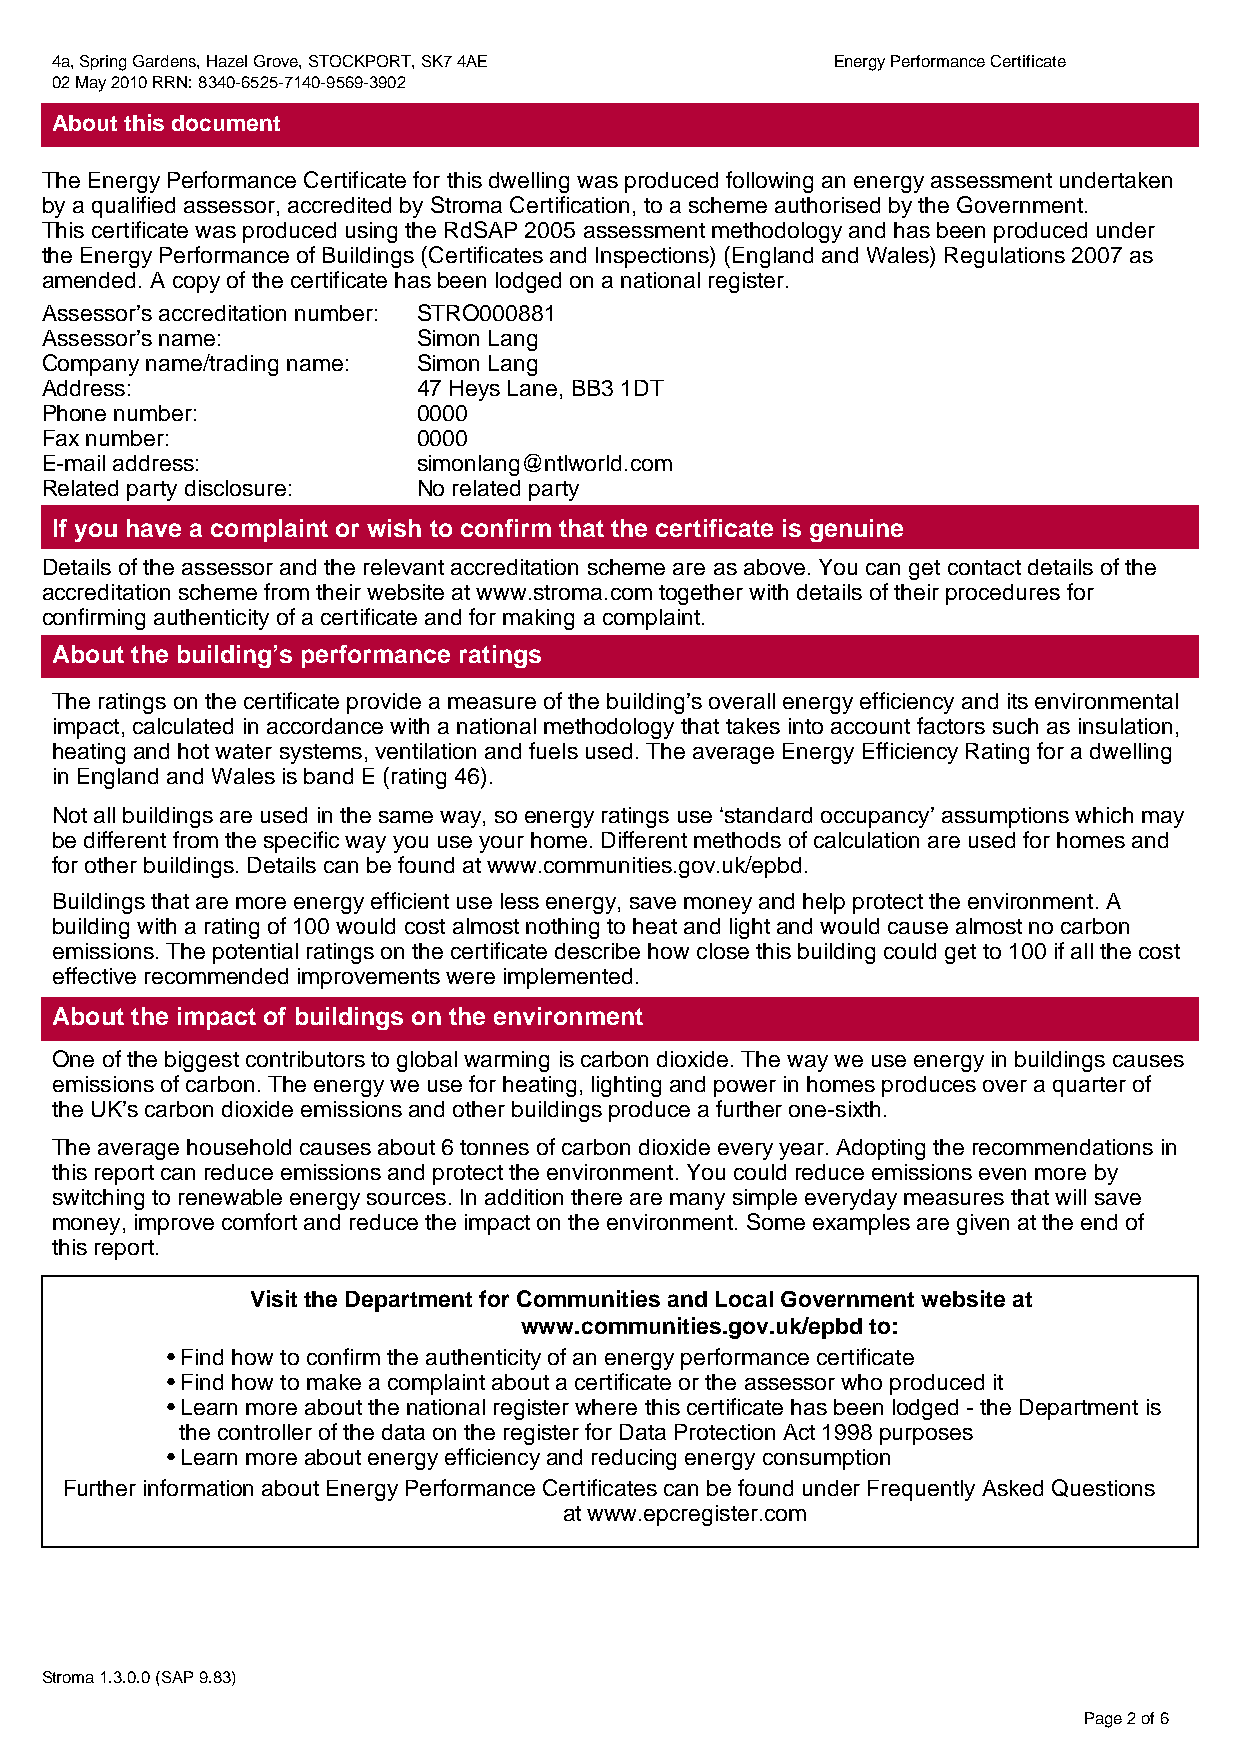
4a, Spring Gardens, Hazel Grove, STOCKPORT, SK7 4AE Energy Performance Certificate
 02 May 2010 RRN: 8340-6525-7140-9569-3902
 About this document
 The Energy Performance Certificate for this dwelling was produced following an energy assessment undertaken
 by a qualified assessor, accredited by Stroma Certification, to a scheme authorised by the Government.
 This certificate was produced using the RdSAP 2005 assessment methodology and has been produced under
 the Energy Performance of Buildings (Certificates and Inspections) (England and Wales) Regulations 2007 as
 amended. A copy of the certificate has been lodged on a national register.
 Assessor’s accreditation number: STRO000881
 Assessor’s name:         Simon Lang
 Company name/trading name: Simon Lang
 Address:                 47 Heys Lane, BB3 1DT
 Phone number:            0000
 Fax number:              0000
 E-mail address:          simonlang@ntlworld.com
 Related party disclosure: No related party
 If you have a complaint or wish to confirm that the certificate is genuine
 Details of the assessor and the relevant accreditation scheme are as above. You can get contact details of the
 accreditation scheme from their website at www.stroma.com together with details of their procedures for
 confirming authenticity of a certificate and for making a complaint.
 About the building’s performance ratings
 The ratings on the certificate provide a measure of the building’s overall energy efficiency and its environmental
 impact, calculated in accordance with a national methodology that takes into account factors such as insulation,
 heating and hot water systems, ventilation and fuels used. The average Energy Efficiency Rating for a dwelling
 in England and Wales is band E (rating 46).
 Not all buildings are used in the same way, so energy ratings use ‘standard occupancy’ assumptions which may
 be different from the specific way you use your home. Different methods of calculation are used for homes and
 for other buildings. Details can be found at www.communities.gov.uk/epbd.
 Buildings that are more energy efficient use less energy, save money and help protect the environment. A
 building with a rating of 100 would cost almost nothing to heat and light and would cause almost no carbon
 emissions. The potential ratings on the certificate describe how close this building could get to 100 if all the cost
 effective recommended improvements were implemented.
 About the impact of buildings on the environment
 One of the biggest contributors to global warming is carbon dioxide. The way we use energy in buildings causes
 emissions of carbon. The energy we use for heating, lighting and power in homes produces over a quarter of
 the UK’s carbon dioxide emissions and other buildings produce a further one-sixth.
 The average household causes about 6 tonnes of carbon dioxide every year. Adopting the recommendations in
 this report can reduce emissions and protect the environment. You could reduce emissions even more by
 switching to renewable energy sources. In addition there are many simple everyday measures that will save
 money, improve comfort and reduce the impact on the environment. Some examples are given at the end of
 this report.
 Visit the Department for Communities and Local Government website at
 www.communities.gov.uk/epbd to:
 • Find how to confirm the authenticity of an energy performance certificate
 • Find how to make a complaint about a certificate or the assessor who produced it
 • Learn more about the national register where this certificate has been lodged - the Department is
 the controller of the data on the register for Data Protection Act 1998 purposes
 • Learn more about energy efficiency and reducing energy consumption
 Further information about Energy Performance Certificates can be found under Frequently Asked Questions
 at www.epcregister.com
 Stroma 1.3.0.0 (SAP 9.83)
 Page 2 of 6